Scientific memoirs by medical officers of the Army of India - Part VI,
Year: 1891
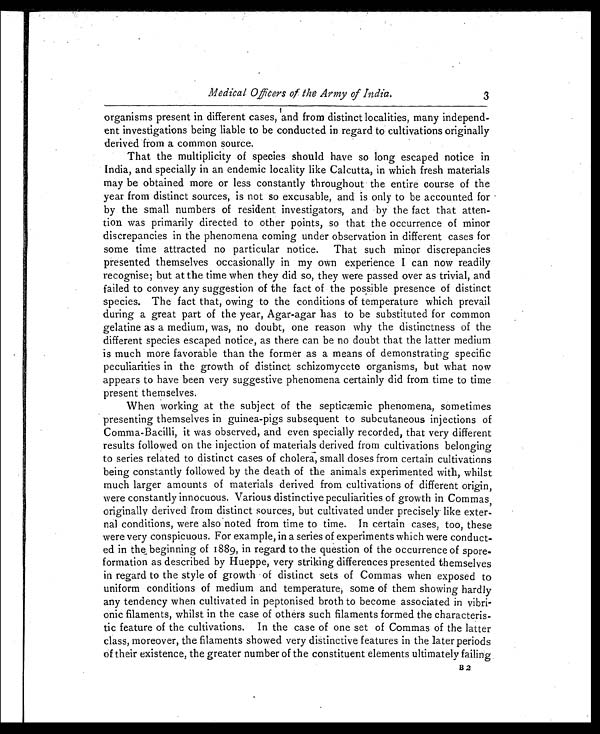
Medical Officers of the Army of India.
organisms present in different cases, and from distinct localities, many independ-
ent investigations being liable to be conducted in regard to cultivations originally
derived from a common source.
That the multiplicity of species should have so long escaped notice in
India, and specially in an endemic locality like Calcutta, in which fresh materials
may be obtained more or less constantly throughout the entire course of the
year from distinct sources, is not so excusable, and is only to be accounted for
by the small numbers of resident investigators, and by the fact that atten-
tion was primarily directed to other points, so that the occurrence of minor
discrepancies in the phenomena coming under observation in different cases for
some time attracted no particular notice. That such minor discrepancies
presented themselves occasionally in my own experience I can now readily
recognise; but at the time when they did so, they were passed over as trivial, and
failed to convey any suggestion of the fact of the possible presence of distinct
species. The fact that, owing to the conditions of temperature which prevail
during a great part of the year, Agar-agar has to be substituted for common
gelatine as a medium, was, no doubt, one reason why the distinctness of the
different species escaped notice, as there can be no doubt that the latter medium
is much more favorable than the former as a means of demonstrating specific
peculiarities in the growth of distinct schizomycete organisms, but what now
appears to have been very suggestive phenomena certainly did from time to time
present themselves.
When working at the subject of the septicaemic phenomena, sometimes
presenting themselves in guinea-pigs subsequent to subcutaneous injections of
Comma-Bacilli, it was observed, and even specially recorded, that very different
results followed on the injection of materials derived from cultivations belonging
to series related to distinct cases of cholera, small doses from certain cultivations
being constantly followed by the death of the animals experimented with, whilst
much larger amounts of materials derived from cultivations of different origin,
were constantly innocuous. Various distinctive peculiarities of growth in Commas,
originally derived from distinct sources, but cultivated under precisely like exter-
nal conditions, were also noted from time to time. In certain cases, too, these
were very conspicuous. For example, in a series of experiments which were conduct
- e d i n t h e
, beginning of 1889, in regard to the question of the occurrence of spore-
formation as described by Hueppe, very striking differences presented themselves
in regard to the style of growth of distinct sets of Commas when exposed to
uniform conditions of medium and temperature, some of them showing hardly
any tendency when cultivated in peptonised broth to become associated in vibri-
onic filaments, whilst in the case of others such filaments formed the characteris-
tic feature of the cultivations. In the case of one set of Commas of the latter
class, moreover, the filaments showed very distinctive features in the later periods
of their existence, the greater number of the constituent elements ultimately failing
B 2
B 2